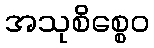
အသုစိစ္စေဝ